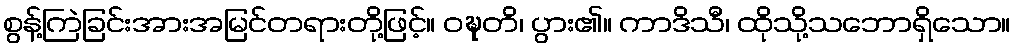
စွန့်ကြဲခြင်းအားအမြင်တရားတို့ဖြင့်။ ဝဍ္ဎတိ၊ ပွား၏။ ကာဒိသီ၊ ထိုသို့သဘောရှိသော။